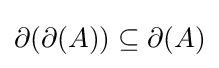
\partial (\partial (A))\subseteq \partial (A)